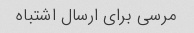
مرسی برای ارسال اشتباه